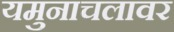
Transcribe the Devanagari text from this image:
यमुनाचलावर